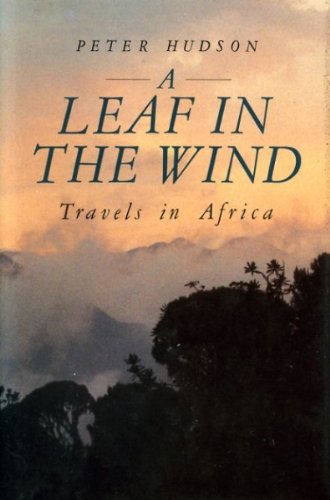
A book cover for Leaf in the Wind: Travels in the Heart of Africa; Peter Hudson; Travel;